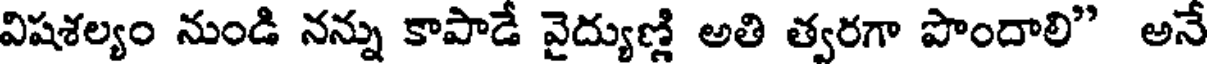
విషశల్యం నుండి నన్ను కాపాడే వైద్యుణ్ణి అతి త్వరగా పొందాలి" అనే